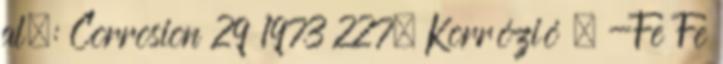
al.: Corrosion 29 1973 227. Korrózió  -Fe Fe